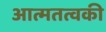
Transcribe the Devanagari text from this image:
आत्मतत्वकी